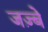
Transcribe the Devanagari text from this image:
जज़्बे